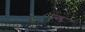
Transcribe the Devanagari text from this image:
ऩ